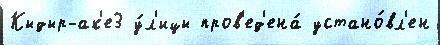
Кыдыр-ак'е3 у́л'ицы пров'ед'ена́ устано́вл'ен